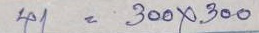
41 = 300 x 300